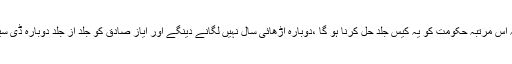
انہوں نے کہا کہ اس مرتبہ حکومت کو یہ کیس جلد حل کرنا ہو گا ،دوبارہ اڑھائی سال نہیں لگانے دینگے اور ایاز صادق کو جلد از جلد دوبارہ ڈی سیٹ کرائیں گے ۔